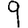
Digit: 9